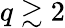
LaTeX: q\gtrsim 2